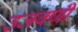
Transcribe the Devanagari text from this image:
उजवणी